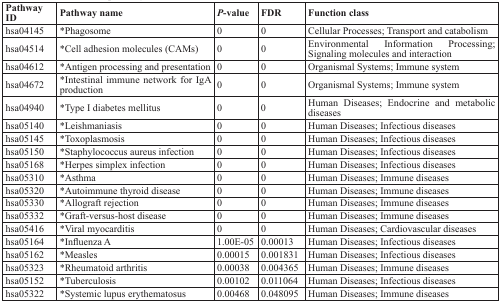
| Pathway ID | Pathway name | P-value | FDR | Function class |
 | --- | --- | --- | --- | --- |
 | hsa04145 | *Phagosome | 0 | 0 | Cellular Processes; Transport and catabolism |
 | hsa04514 | *Cell adhesion molecules (CAMs) | 0 | 0 | Environmental Information Processing; Signaling molecules and interaction |
 | hsa04612 | *Antigen processing and presentation | 0 | 0 | Organismal Systems; Immune system |
 | hsa04672 | *Intestinal immune network for IgA production | 0 | 0 | Organismal Systems; Immune system |
 | hsa04940 | *Type I diabetes mellitus | 0 | 0 | Human Diseases; Endocrine and metabolic diseases |
 | hsa05140 | *Leishmaniasis | 0 | 0 | Human Diseases; Infectious diseases |
 | hsa05145 | *Toxoplasmosis | 0 | 0 | Human Diseases; Infectious diseases |
 | hsa05150 | *Staphylococcus aureus infection | 0 | 0 | Human Diseases; Infectious diseases |
 | hsa05168 | *Herpes simplex infection | 0 | 0 | Human Diseases; Infectious diseases |
 | hsa05310 | *Asthma | 0 | 0 | Human Diseases; Immune diseases |
 | hsa05320 | *Autoimmune thyroid disease | 0 | 0 | Human Diseases; Immune diseases |
 | hsa05330 | *Allograft rejection | 0 | 0 | Human Diseases; Immune diseases |
 | hsa05332 | *Graft-versus-host disease | 0 | 0 | Human Diseases; Immune diseases |
 | hsa05416 | *Viral myocarditis | 0 | 0 | Human Diseases; Cardiovascular diseases |
 | hsa05164 | *Influenza A | 1.00E-05 | 0.00013 | Human Diseases; Infectious diseases |
 | hsa05162 | *Measles | 0.00015 | 0.001831 | Human Diseases; Infectious diseases |
 | hsa05323 | *Rheumatoid arthritis | 0.00038 | 0.004365 | Human Diseases; Immune diseases |
 | hsa05152 | *Tuberculosis | 0.00102 | 0.011064 | Human Diseases; Infectious diseases |
 | hsa05322 | *Systemic lupus erythematosus | 0.00468 | 0.048095 | Human Diseases; Immune diseases |